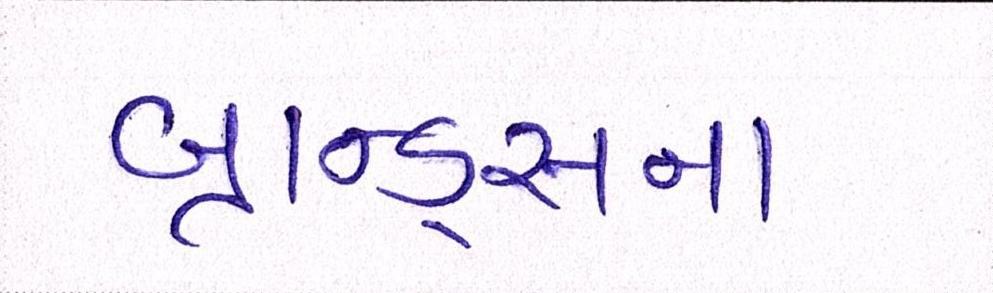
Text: બ્રાન્ડ્સના